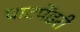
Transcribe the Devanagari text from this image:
घाटपेंढरी